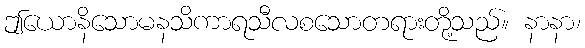
ဤယောနိသောမနသိကာရသီလစသောတရားတို့သည်။ နာနာ၊